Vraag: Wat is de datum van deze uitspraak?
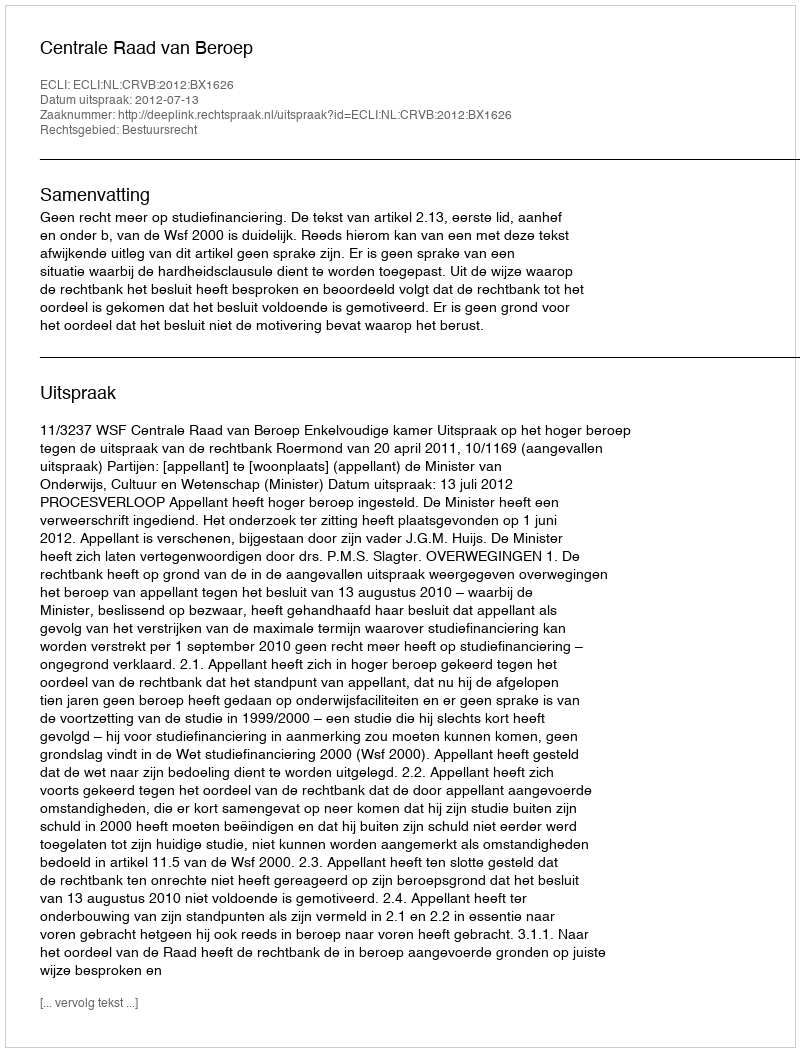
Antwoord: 2012-07-13